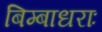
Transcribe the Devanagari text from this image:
बिम्बाधराः